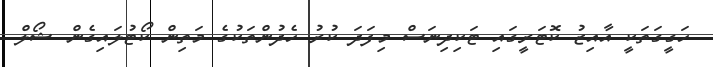
ހަގީގަތަކީ އާއިޒު ކޮޓަރީގައި ޓަކިދިނަސް މިފަދަ ކުރު ހެދުންތަކުގެ މަތިން ކޯޓުލައިގެން ޝޯލް